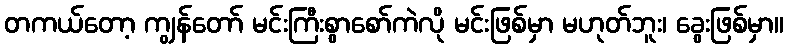
တကယ်တော့ ကျွန်တော် မင်းကြီးစွာစော်ကဲလို မင်းဖြစ်မှာ မဟုတ်ဘူး၊ ခွေးဖြစ်မှာ။